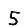
Digit: 5